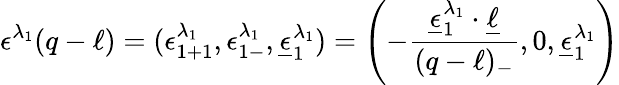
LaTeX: \epsilon^{\lambda_{1}}(q-\ell)=(\epsilon_{1+1}^{\lambda_{1}},\epsilon_{1-}^{\lambda_{1}},\underline{{{\epsilon}}}_{1}^{\lambda_{1}})=\left(-{\frac{\underline{{{\epsilon}}}_{1}^{\lambda_{1}}\cdot\underline{{{\ell}}}}{(q-\ell)_{-}}},0,\underline{{{\epsilon}}}_{1}^{\lambda_{1}}\right)